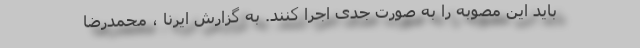
باید این مصوبه را به صورت جدی اجرا کنند. به گزارش ایرنا ، محمدرضا